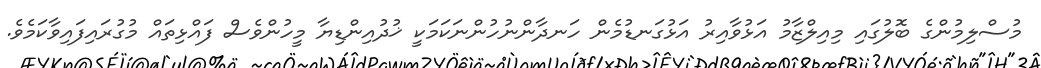
މުސްލިމުންގެ ބޮލުގައި މިއިލްޒާމު އަޅުވާއިރު އަޅުގަނޑުމެން ހަނދާންނުހުންނަކަމަކީ ޚުދުއިންޑިޔާ މީހުންވެސް ފައްޅިތައް މުގުރައިފައިވާކަމެވެ.